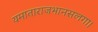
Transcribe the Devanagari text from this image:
यमाताराजभानसलगा।